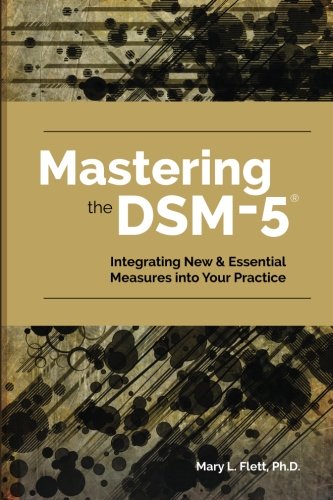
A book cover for Mastering the DSM-5: Integrating New & Essential Measures Into Your Practice; Mary L. Flett PhD; Health, Fitness & Dieting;